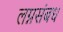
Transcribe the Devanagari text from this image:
लग्नसंबध